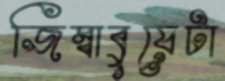
জিম্বাবুয়েটা